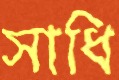
সাধি